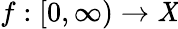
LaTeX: f:[0,\infty)\to\mathit{X}